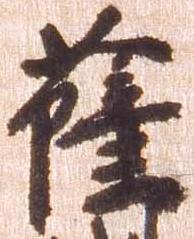
薩